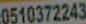
0510372243